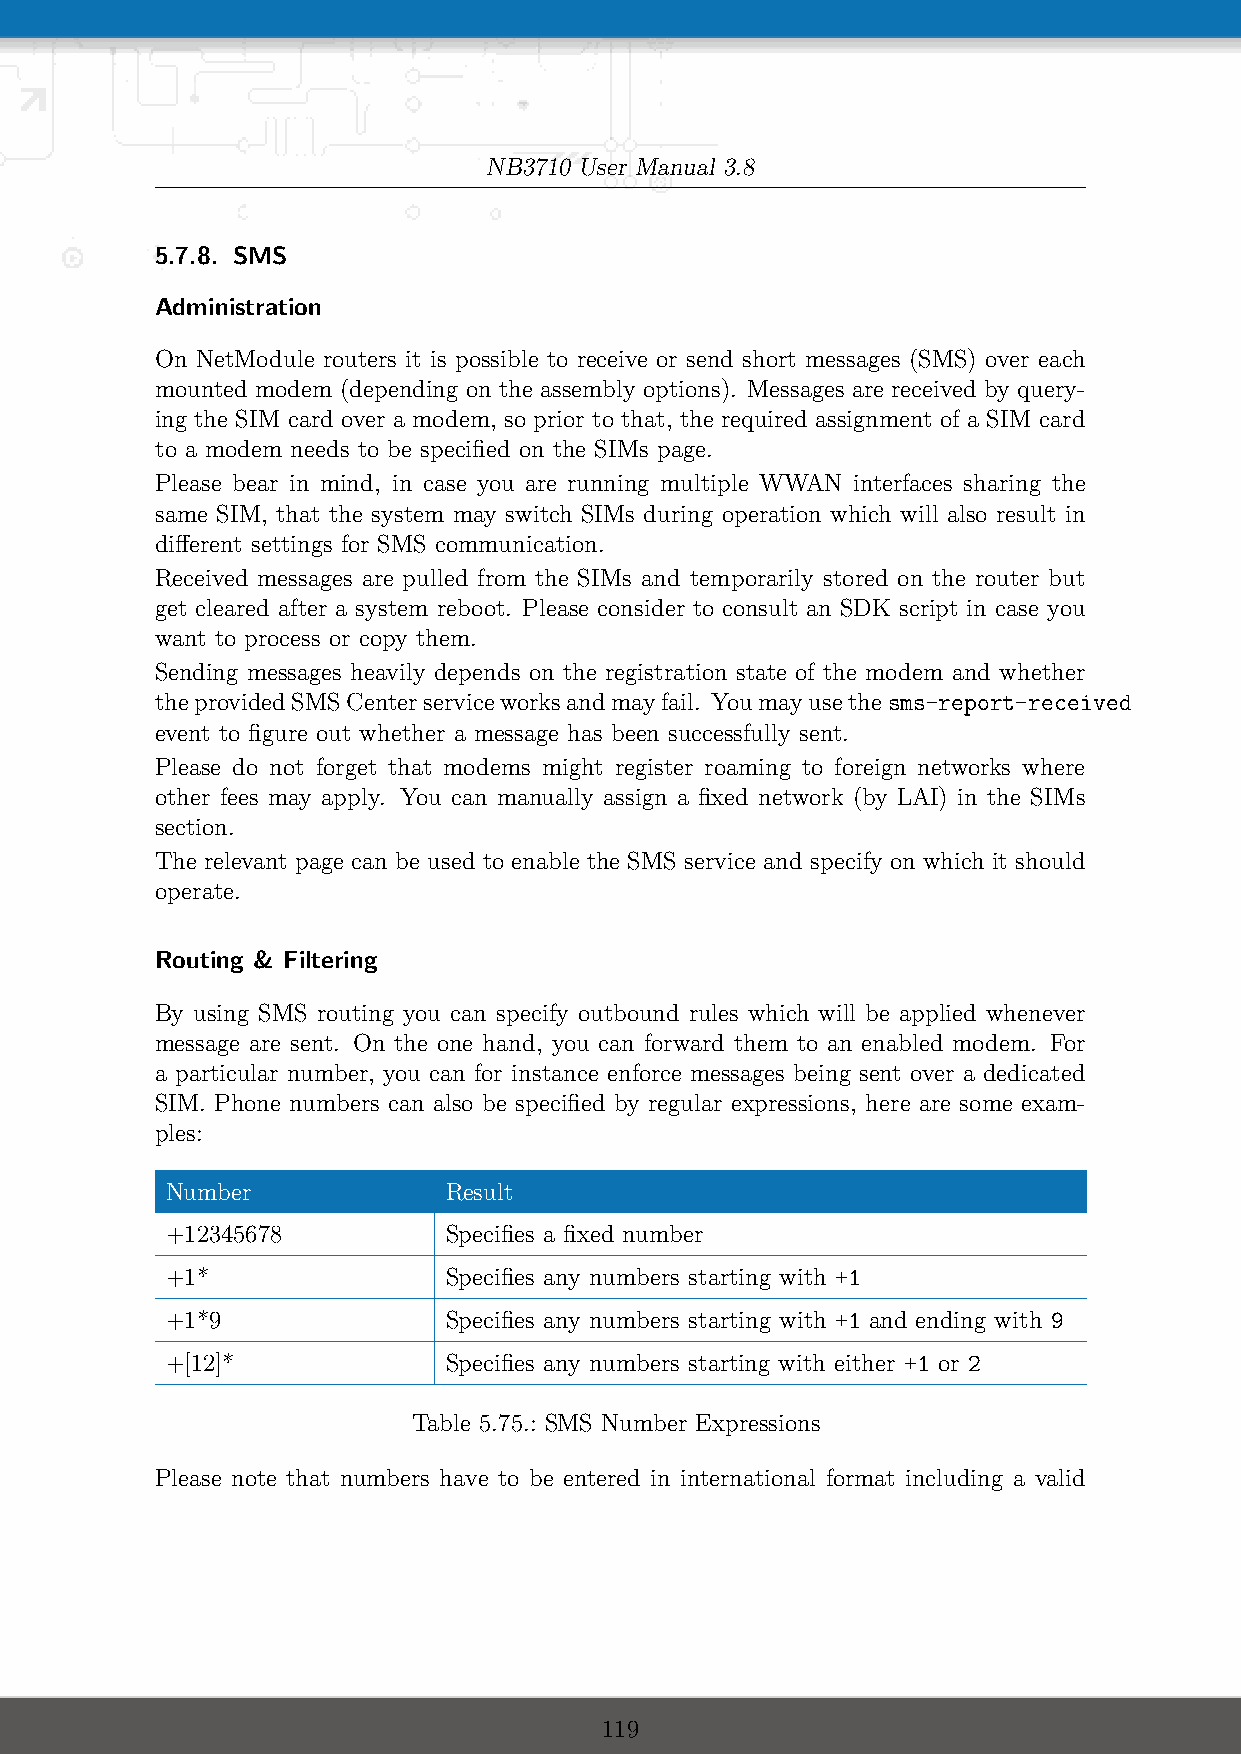
NB3710 User Manual 3.8
 5.7.8. SMS
 Administration
 On NetModule routers it is possible to receive or send short messages (SMS) over each
 mounted modem (depending on the assembly options). Messages are received by query-
 ing the SIM card over a modem, so prior to that, the required assignment of a SIM card
 to a modem needs to be specified on the SIMs page.
 Please bear in mind, in case you are running multiple WWAN interfaces sharing the
 same SIM, that the system may switch SIMs during operation which will also result in
 different settings for SMS communication.
 Received messages are pulled from the SIMs and temporarily stored on the router but
 get cleared after a system reboot. Please consider to consult an SDK script in case you
 want to process or copy them.
 Sending messages heavily depends on the registration state of the modem and whether
 theprovidedSMSCenterserviceworksandmayfail. Youmayusethesms-report-received
 event to figure out whether a message has been successfully sent.
 Please do not forget that modems might register roaming to foreign networks where
 other fees may apply. You can manually assign a fixed network (by LAI) in the SIMs
 section.
 The relevant page can be used to enable the SMS service and specify on which it should
 operate.
 Routing & Filtering
 By using SMS routing you can specify outbound rules which will be applied whenever
 message are sent. On the one hand, you can forward them to an enabled modem. For
 a particular number, you can for instance enforce messages being sent over a dedicated
 SIM. Phone numbers can also be specified by regular expressions, here are some exam-
 ples:
 Number            Result
 +12345678         Specifies a fixed number
 +1*               Specifies any numbers starting with +1
 +1*9              Specifies any numbers starting with +1 and ending with 9
 +[12]*            Specifies any numbers starting with either +1 or 2
 Table 5.75.: SMS Number Expressions
 Please note that numbers have to be entered in international format including a valid
 119